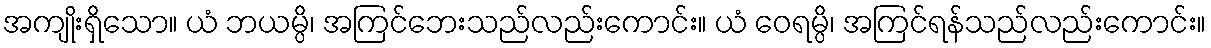
အကျိုးရှိသော။ ယံ ဘယမ္ပိ၊ အကြင်ဘေးသည်လည်းကောင်း။ ယံ ဝေရမ္ပိ၊ အကြင်ရန်သည်လည်းကောင်း။